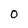
Character: 0